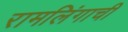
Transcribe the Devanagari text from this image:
रामलिंगाची